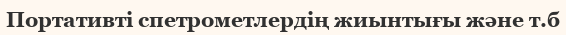
Портативті спетрометлердің жиынтығы және т.б